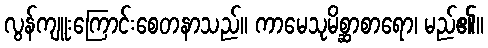
လွန်ကျူးကြောင်းစေတနာသည်။ ကာမေသုမိစ္ဆာစာရော၊ မည်၏။